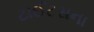
ટાઈટસના